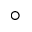
^ \circ